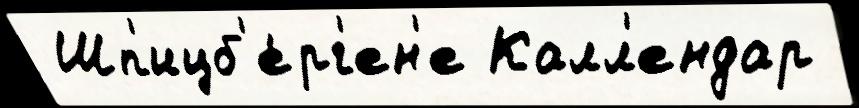
 Шп'ицб'е́рг'ен'е Калл'ендар